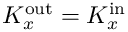
K _ { x } ^ { \mathrm { o u t } } = K _ { x } ^ { \mathrm { i n } }